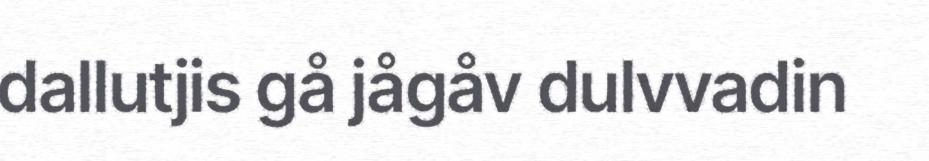
dallutjis gå jågåv dulvvadin